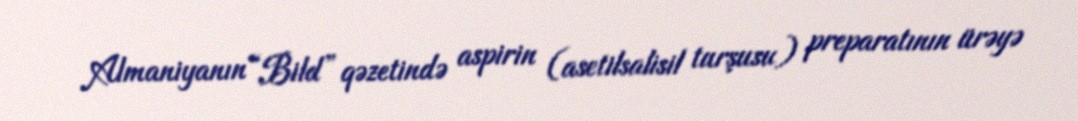
Almaniyanın “Bild” qəzetində aspirin (asetilsalisil turşusu) preparatının ürəyə